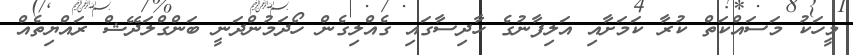
މީހަކު މަސައްކަތް ކުރާ ކަމަށާއި އަލިފާނުގެ ހާދިސާގައި ގެއްލިގެން ހޯދަމުންދަނީ ބަންގްލަދޭޝް ރައްޔިތެއް